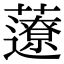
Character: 𧂏